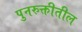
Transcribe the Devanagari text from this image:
पुनरुक्तीतील